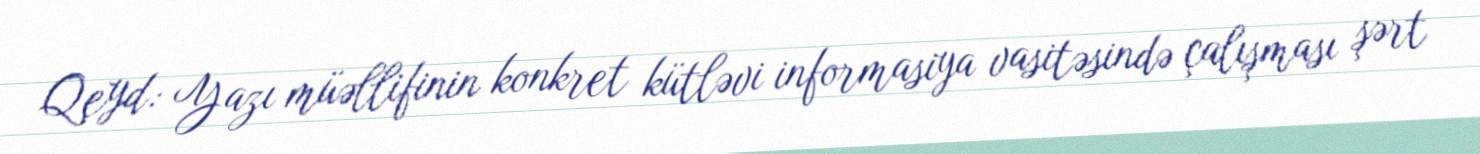
Qeyd: Yazı müəllifinin konkret kütləvi informasiya vasitəsində çalışması şərt